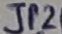
Text: JP2